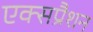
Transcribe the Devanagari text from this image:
एक्सप्रैशन